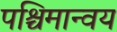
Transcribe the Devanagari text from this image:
पश्चिमान्वय